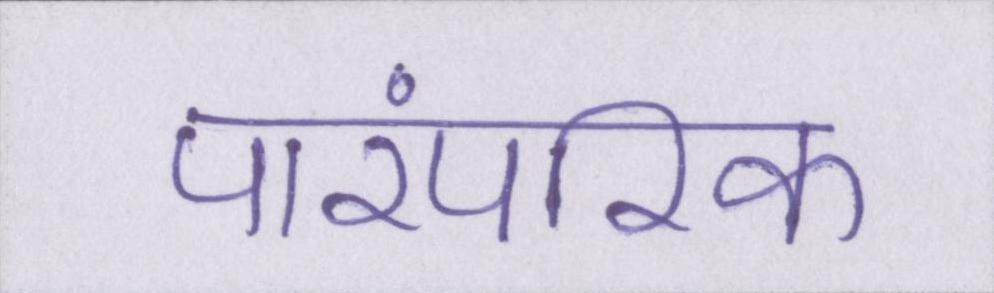
पारंपरिक